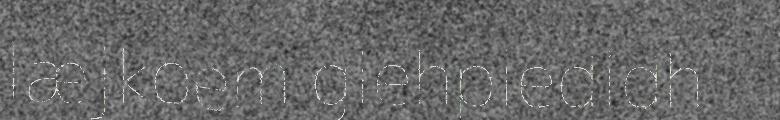
læjkoem giehpiedidh